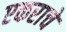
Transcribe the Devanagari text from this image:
एकराचे